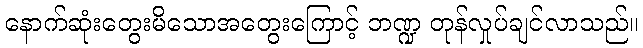
နောက်ဆုံးတွေးမိသောအတွေးကြောင့် ဘဏ္ဍ တုန်လှုပ်ချင်လာသည်။